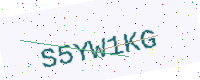
Text: S5YW1KG